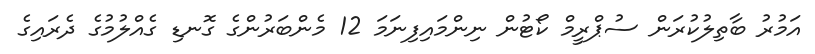
އަމުރު ބާތިލުކުރަން ސުޕްރީމް ކޯޓުން ނިންމައިފިނަމަ 12 މެންބަރުންގެ ގޮނޑި ގެއްލުމުގެ ދެރައިގެ